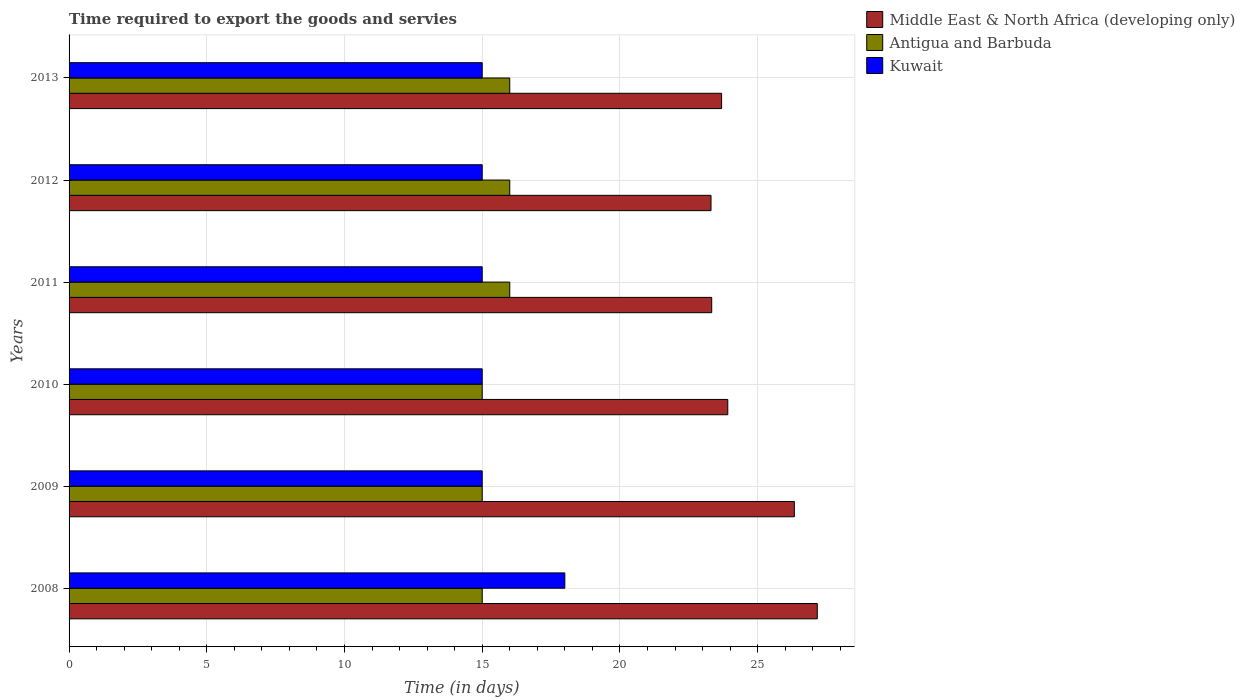
| Years | Middle East & North Africa (developing only) | Antigua and Barbuda | Kuwait |
 | --- | --- | --- | --- |
 | 2008 | 27.2 | 15 | 18 |
 | 2009 | 26.3 | 15 | 15 |
 | 2010 | 23.9 | 15 | 15 |
 | 2011 | 23.3 | 16 | 15 |
 | 2012 | 23.3 | 16 | 15 |
 | 2013 | 23.7 | 16 | 15 |